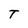
Character: T